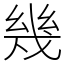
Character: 幾